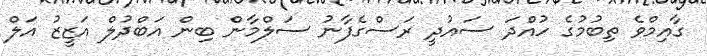
ގާއިމްވެ ތިބުމުގެ ހުއްދަ ސައުދީ ރަސްގެފާނު ސަލްމާން ބިން އަބްދުލް އަޒީޒު އަލް